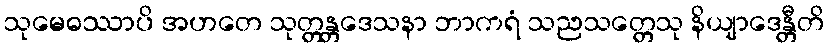
သုမေဓဿာပိ အဟတေ သုတ္တန္တဒေသနာ ဘာကရံ သညသတ္တေသု နိယျာဒေန္တီတိ